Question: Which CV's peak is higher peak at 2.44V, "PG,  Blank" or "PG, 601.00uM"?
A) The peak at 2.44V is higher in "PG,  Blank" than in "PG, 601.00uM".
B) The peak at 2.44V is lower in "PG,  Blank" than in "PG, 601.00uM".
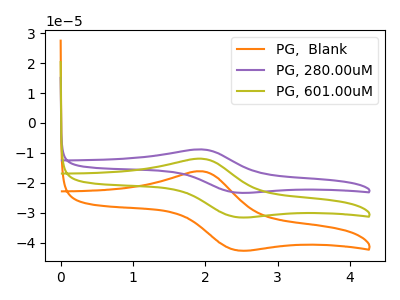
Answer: <think>The orange curve "PG,  Blank" has an anodic peak at (1.95V, -23.90uA) and a cathodic peak at (2.45V, -62.90uA). The purple curve "PG, 280.00uM" has an anodic peak at (1.95V, -8.85uA) and a cathodic peak at (2.45V, -23.25uA). The olive curve "PG, 601.00uM" has an anodic peak at (1.95V, -11.95uA) and a cathodic peak at (2.45V, -31.45uA).</think>
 <answer>A) The peak at 2.44V is higher in "PG,  Blank" than in "PG, 601.00uM".</answer>
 <eval>A</eval>